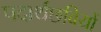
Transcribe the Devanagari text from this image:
पदार्थछवियों